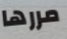
مررها